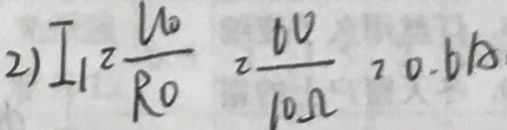
2 ) I _ { 1 } = \frac { U o } { R o } = \frac { 6 V } { 1 0 \Omega } = 0 . 6 A